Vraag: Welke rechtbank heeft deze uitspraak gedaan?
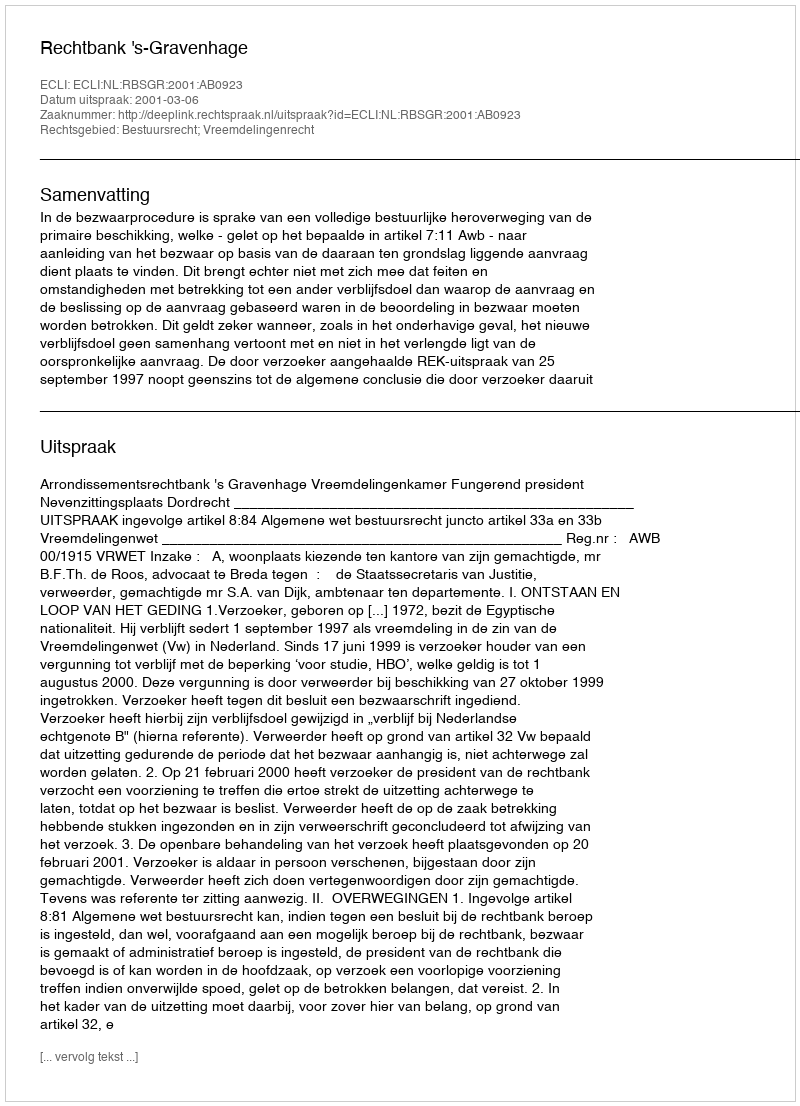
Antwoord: Rechtbank 's-Gravenhage